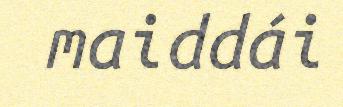
maiddái